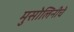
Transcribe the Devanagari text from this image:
मुसोलिनीचे